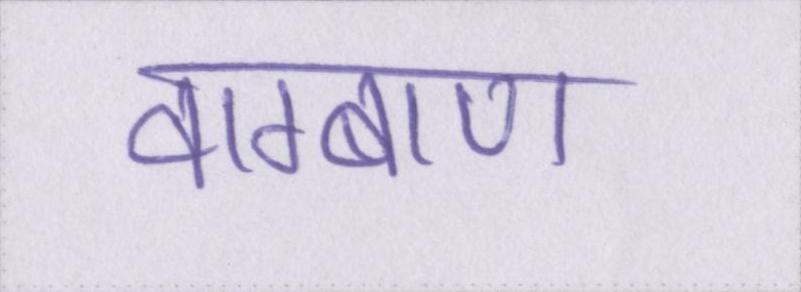
वाग्बाण